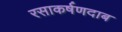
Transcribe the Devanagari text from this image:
रसाकर्षणदाब